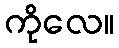
ကိုလေ။